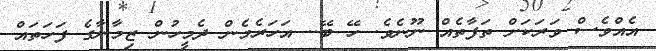
އެއްވެސް ވަރަކަށް ތަފާތެއް ނޫނެވެ. ހޭ ބޭ.. އަހަރެމެން ދެމީހުން ޒިމާނާގެ ފަހަތައް